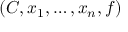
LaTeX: ( C , x _ { 1 } , \ldots , x _ { n } , f )